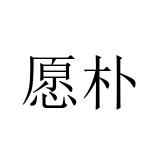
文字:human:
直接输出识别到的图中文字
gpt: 愿朴